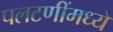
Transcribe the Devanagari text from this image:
पलटणींमध्ये